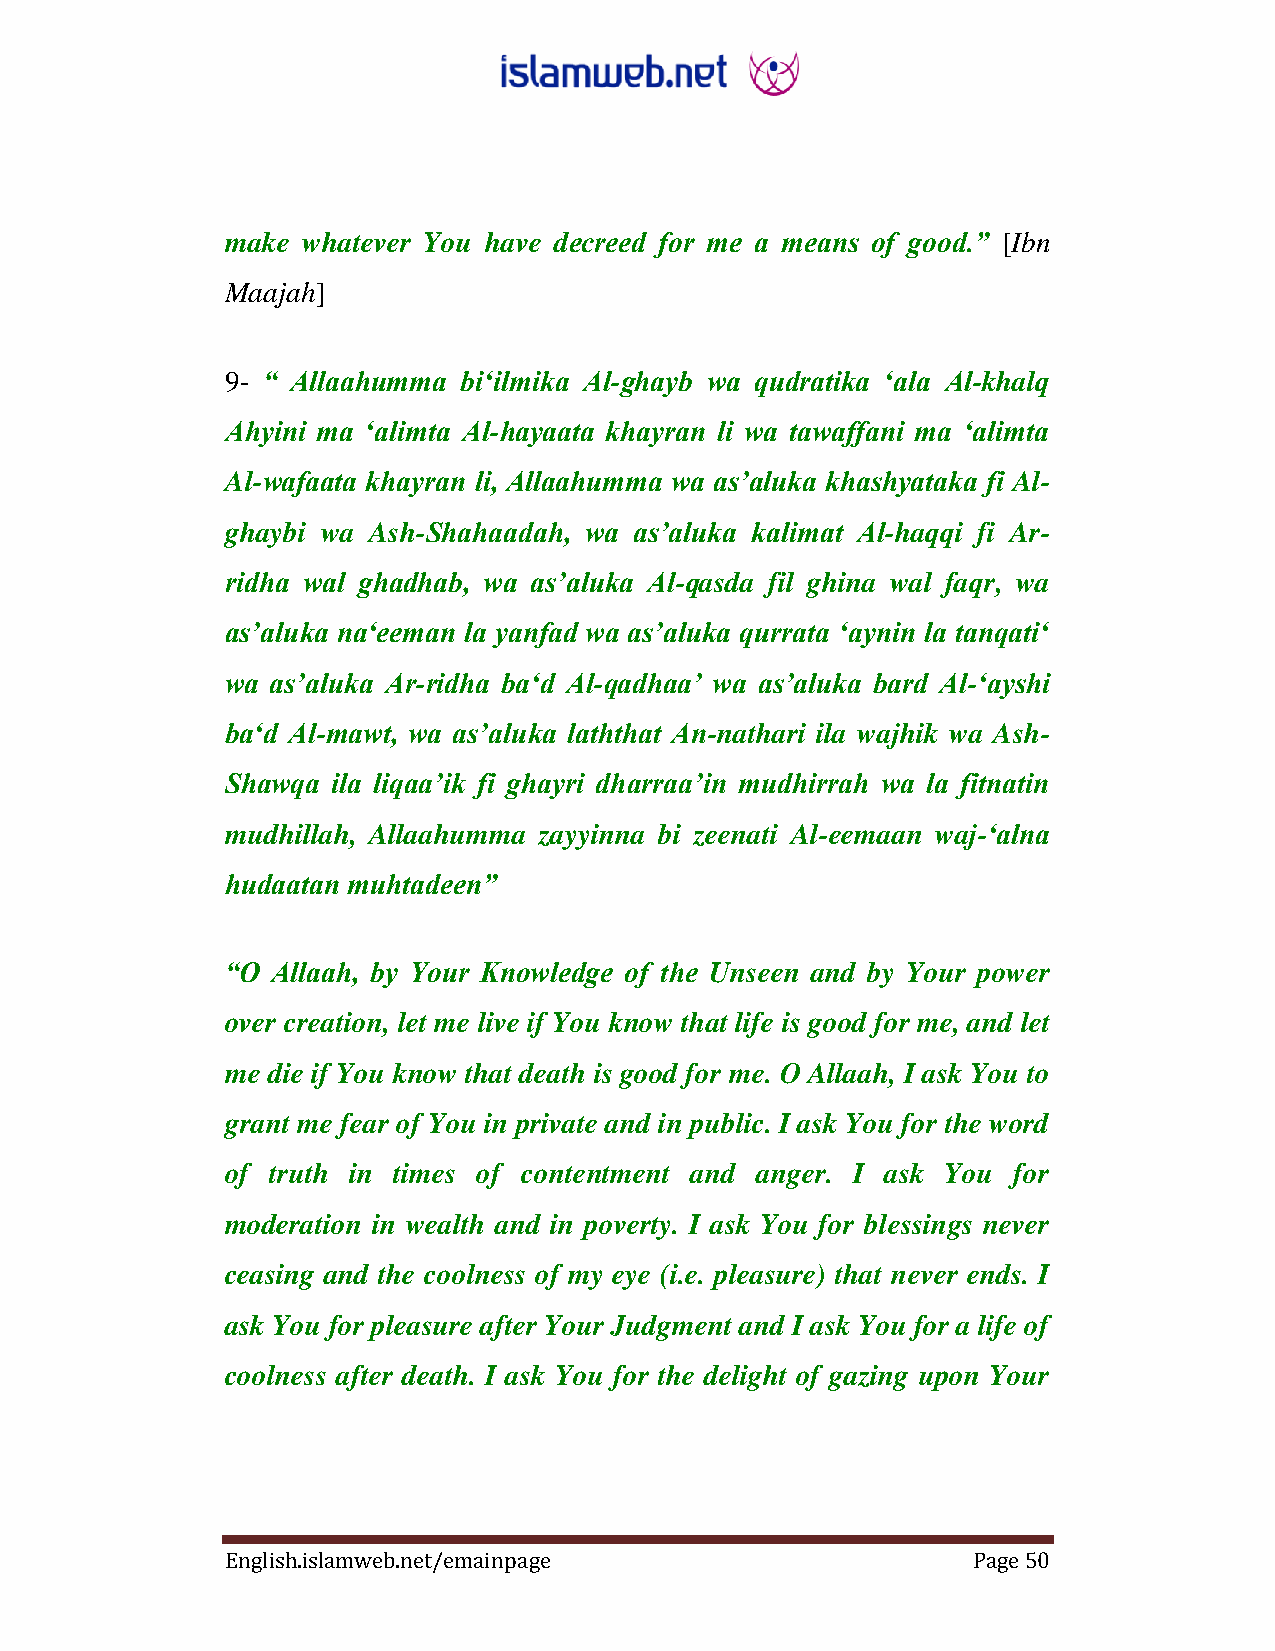
make whatever You have decreed for me a means of good.” ‎[Ibn
 Maajah]‎
 9- “ Allaahumma bi„ilmika Al-ghayb wa qudratika „ala Al-khalq
 Ahyini ma „alimta Al-hayaata khayran li wa tawaffani ma „alimta
 Al-wafaata khayran li, Allaahumma wa as‟aluka khashyataka fi Al-
 ghaybi wa Ash-Shahaadah, wa as‟aluka kalimat Al-haqqi fi Ar-
 ridha wal ghadhab, wa as‟aluka Al-qasda fil ghina wal faqr, wa
 as‟aluka na„eeman la yanfad wa as‟aluka qurrata „aynin la tanqati„
 wa as‟aluka Ar-ridha ba„d Al-qadhaa‟ wa as‟aluka bard Al-„ayshi
 ba„d Al-mawt, wa as‟aluka laththat An-nathari ila wajhik wa Ash-
 Shawqa ila liqaa‟ik fi ghayri dharraa‟in mudhirrah wa la fitnatin
 mudhillah, Allaahumma zayyinna bi zeenati Al-eemaan waj-„alna
 hudaatan muhtadeen”
 “O Allaah, by Your Knowledge of the Unseen and by Your power
 over creation, let me live if You know that life is good for me, and let
 me die if You know that death is good for me. O Allaah, I ask You to
 grant me fear of You in private and in public. I ask You for the word
 of truth in times of contentment and anger. I ask You for
 moderation in wealth and in poverty. I ask You for blessings never
 ceasing and the coolness of my eye (i.e. pleasure) that never ends. I
 ask You for pleasure after Your Judgment and I ask You for a life of
 coolness after death. I ask You for the delight of gazing upon Your
 English.islamweb.net/emainpage                   Page 50